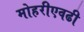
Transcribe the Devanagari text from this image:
मोहरीएवढी